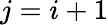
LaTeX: j=i+1